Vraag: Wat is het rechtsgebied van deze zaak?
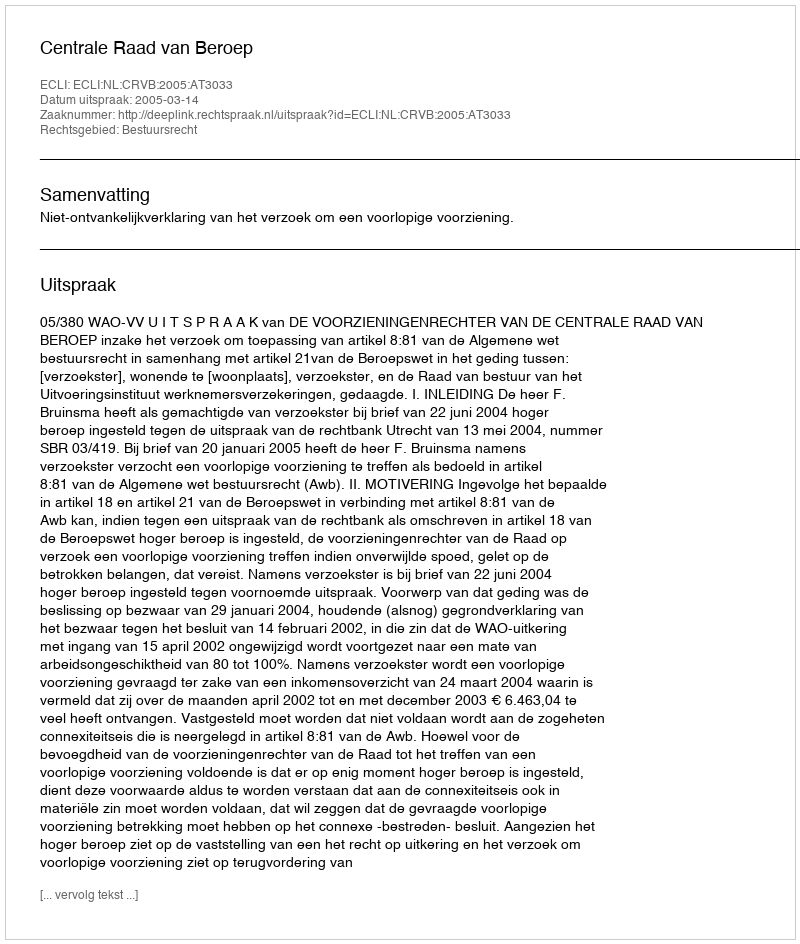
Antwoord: Bestuursrecht